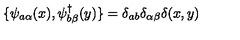
\{ \psi _ { a \alpha } ( x ) , \psi _ { b \beta } ^ { \dagger } ( y ) \} = \delta _ { a b } \delta _ { \alpha \beta } \delta ( x , y )